Jaan_Tonisson_(Lasteleht), lk 82
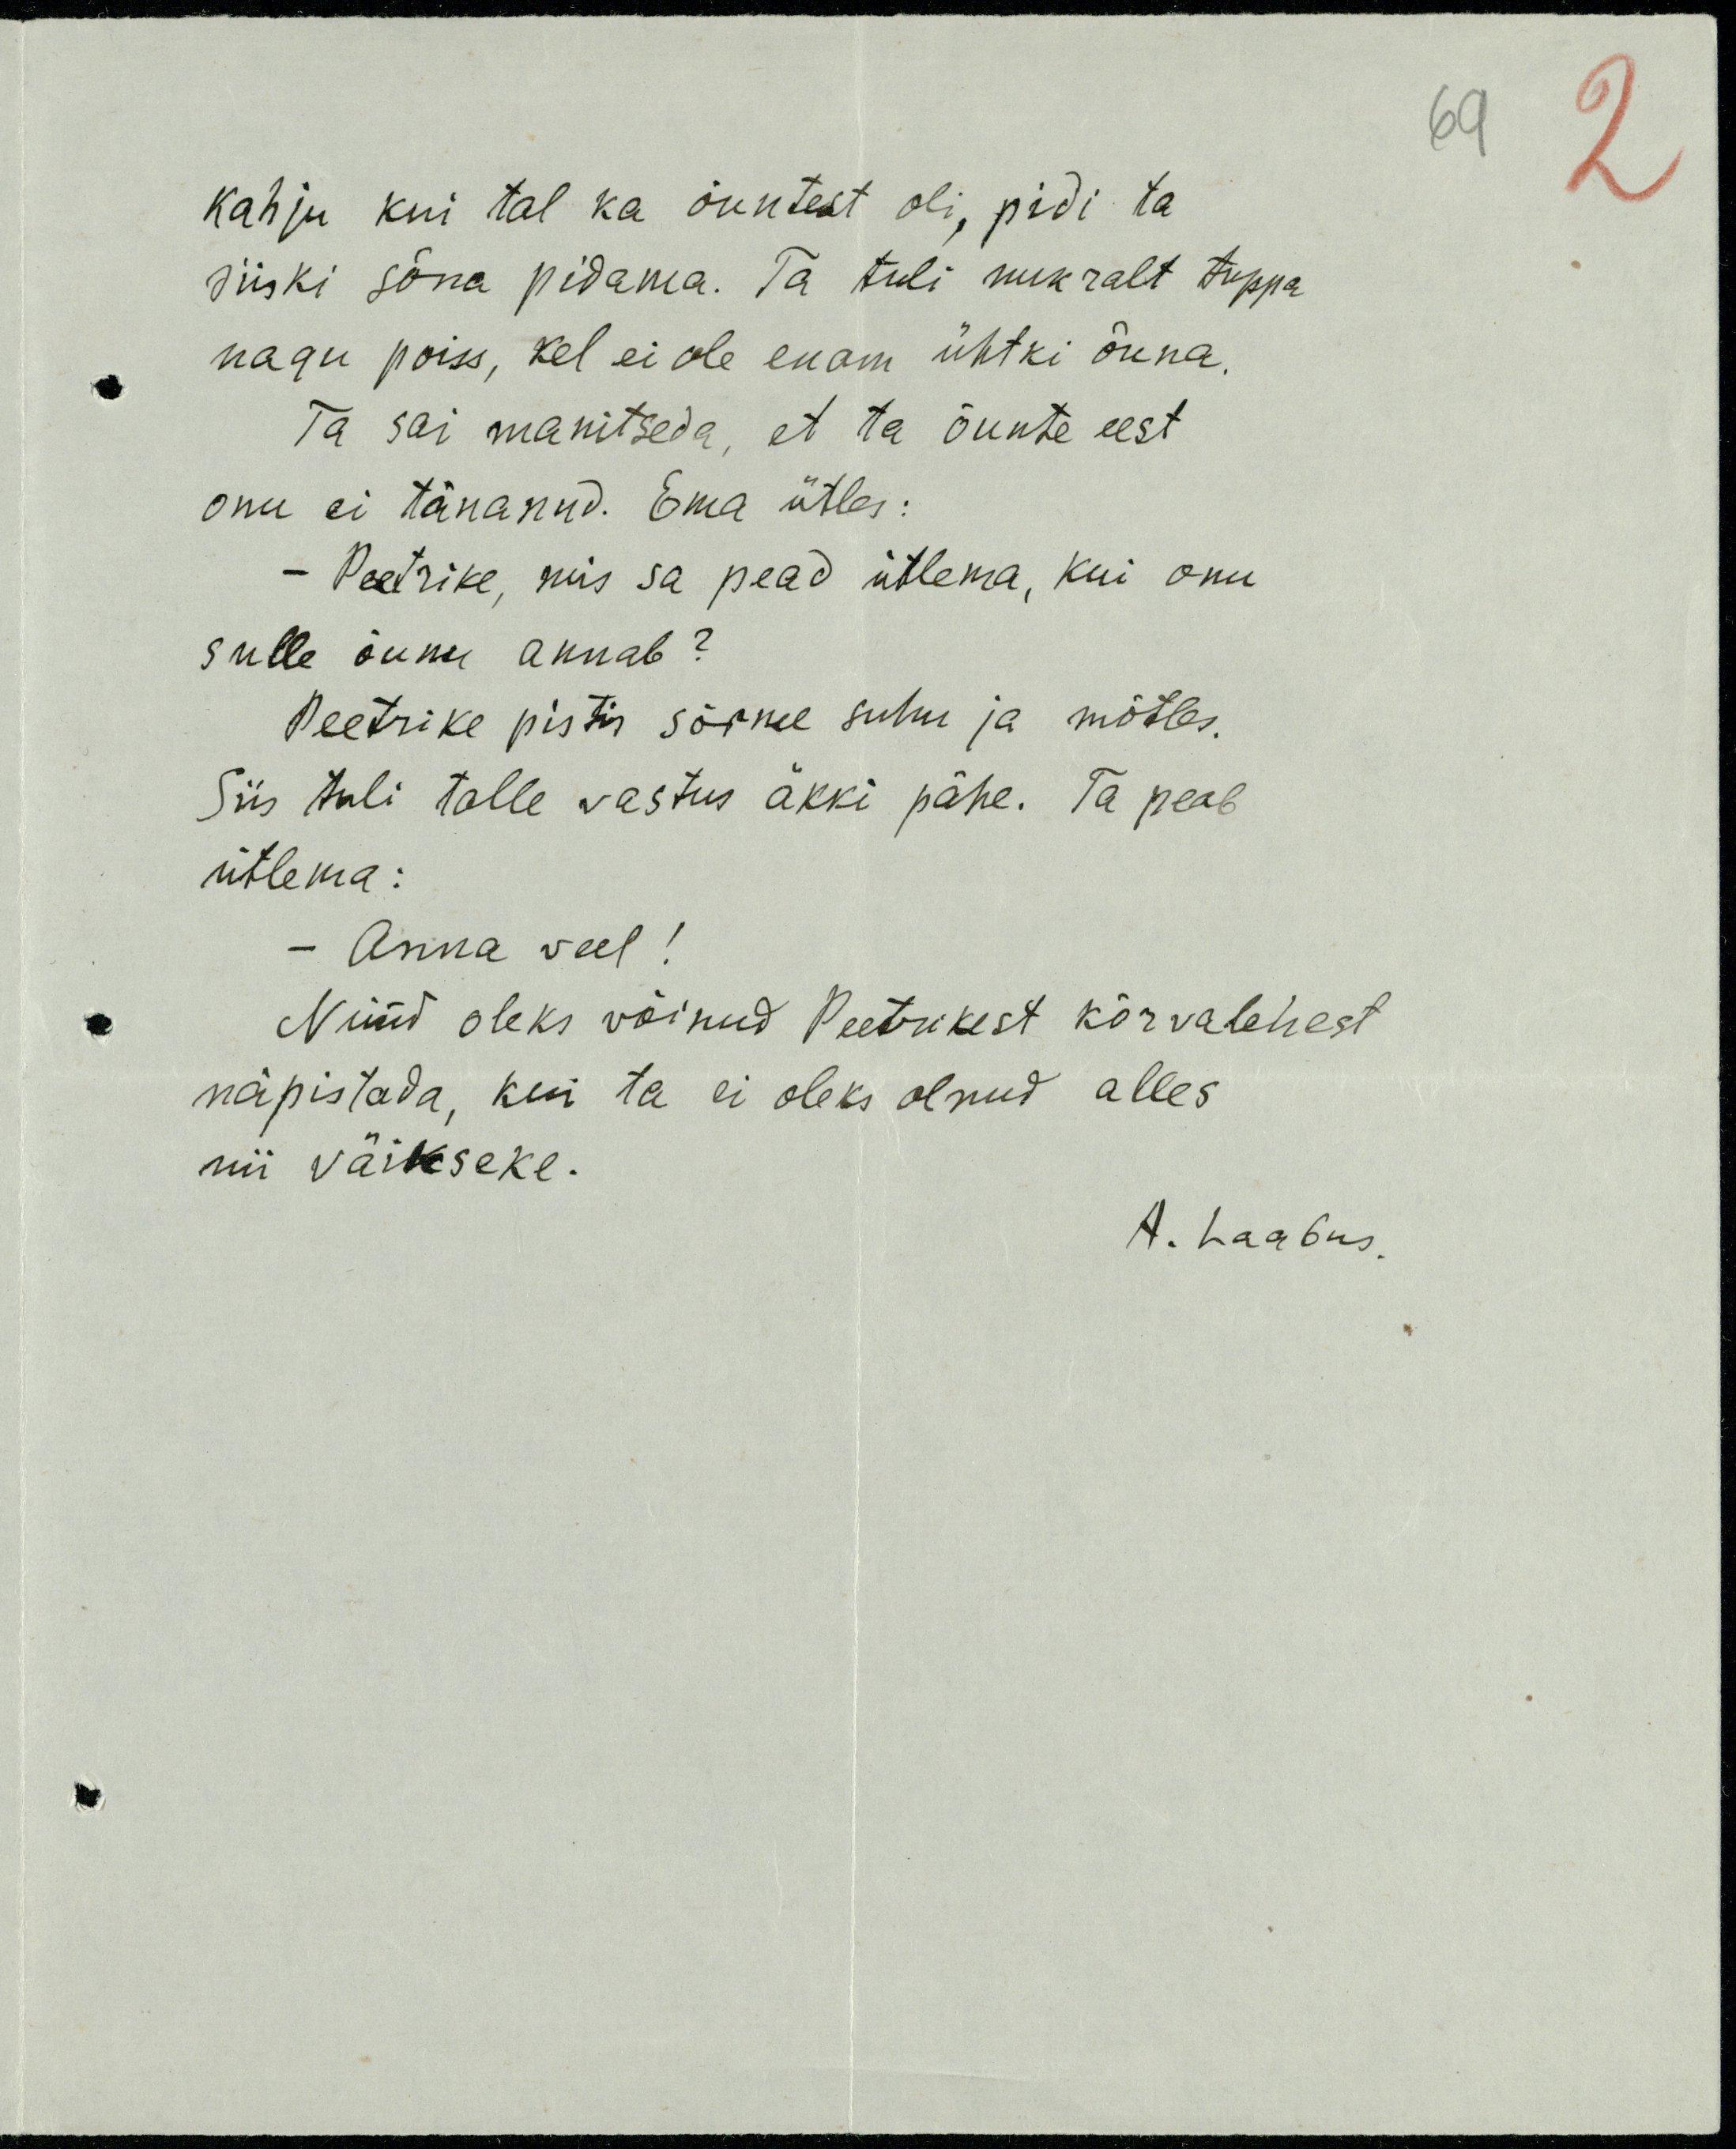
kahju kui tal ka õuntest oli, pidi ta
siiski sõna pidama. Ta tuli nukralt tuppa
nagu poiss, kel ei ole enam ühtki õuna.
Ta sai manitseda, et ta õunte eest
onu ei tänanud. Ema ütles:
- Peetrike, mis sa pead ütlema, kui onu
sulle õunu annab?
Peetrike pistis sõrme suhu ja mõtles.
Siis tuli talle vastus äkki pähe. Ta peab
ütlema:
Anna veel!
Nüüd oleks võinud Peetrikest kõrvalehest
näpistada, kui ta ei oleks olnud alles
nii väikseke.
A. Laabus.